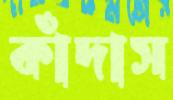
কাঁদাস